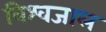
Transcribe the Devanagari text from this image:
विश्वजाल